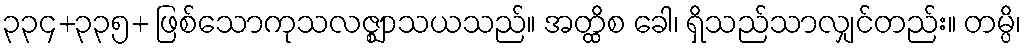
၃၃၄+၃၃၅+ ဖြစ်သောကုသလဇ္ဈာသယသည်။ အတ္ထိစ ခေါ၊ ရှိသည်သာလျှင်တည်း။ တမ္ပိ၊